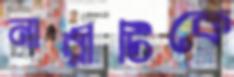
নারীটিকে